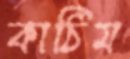
কাঠিম